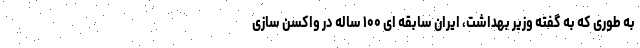
به طوری که به گفته وزیر بهداشت، ایران سابقه ای ۱۰۰ ساله در واکسن سازی